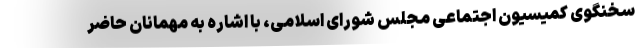
سخنگوی کمیسیون اجتماعی مجلس شورای اسلامی، با اشاره به مهمانان حاضر